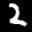
Label: 2